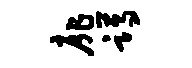
扉蹲